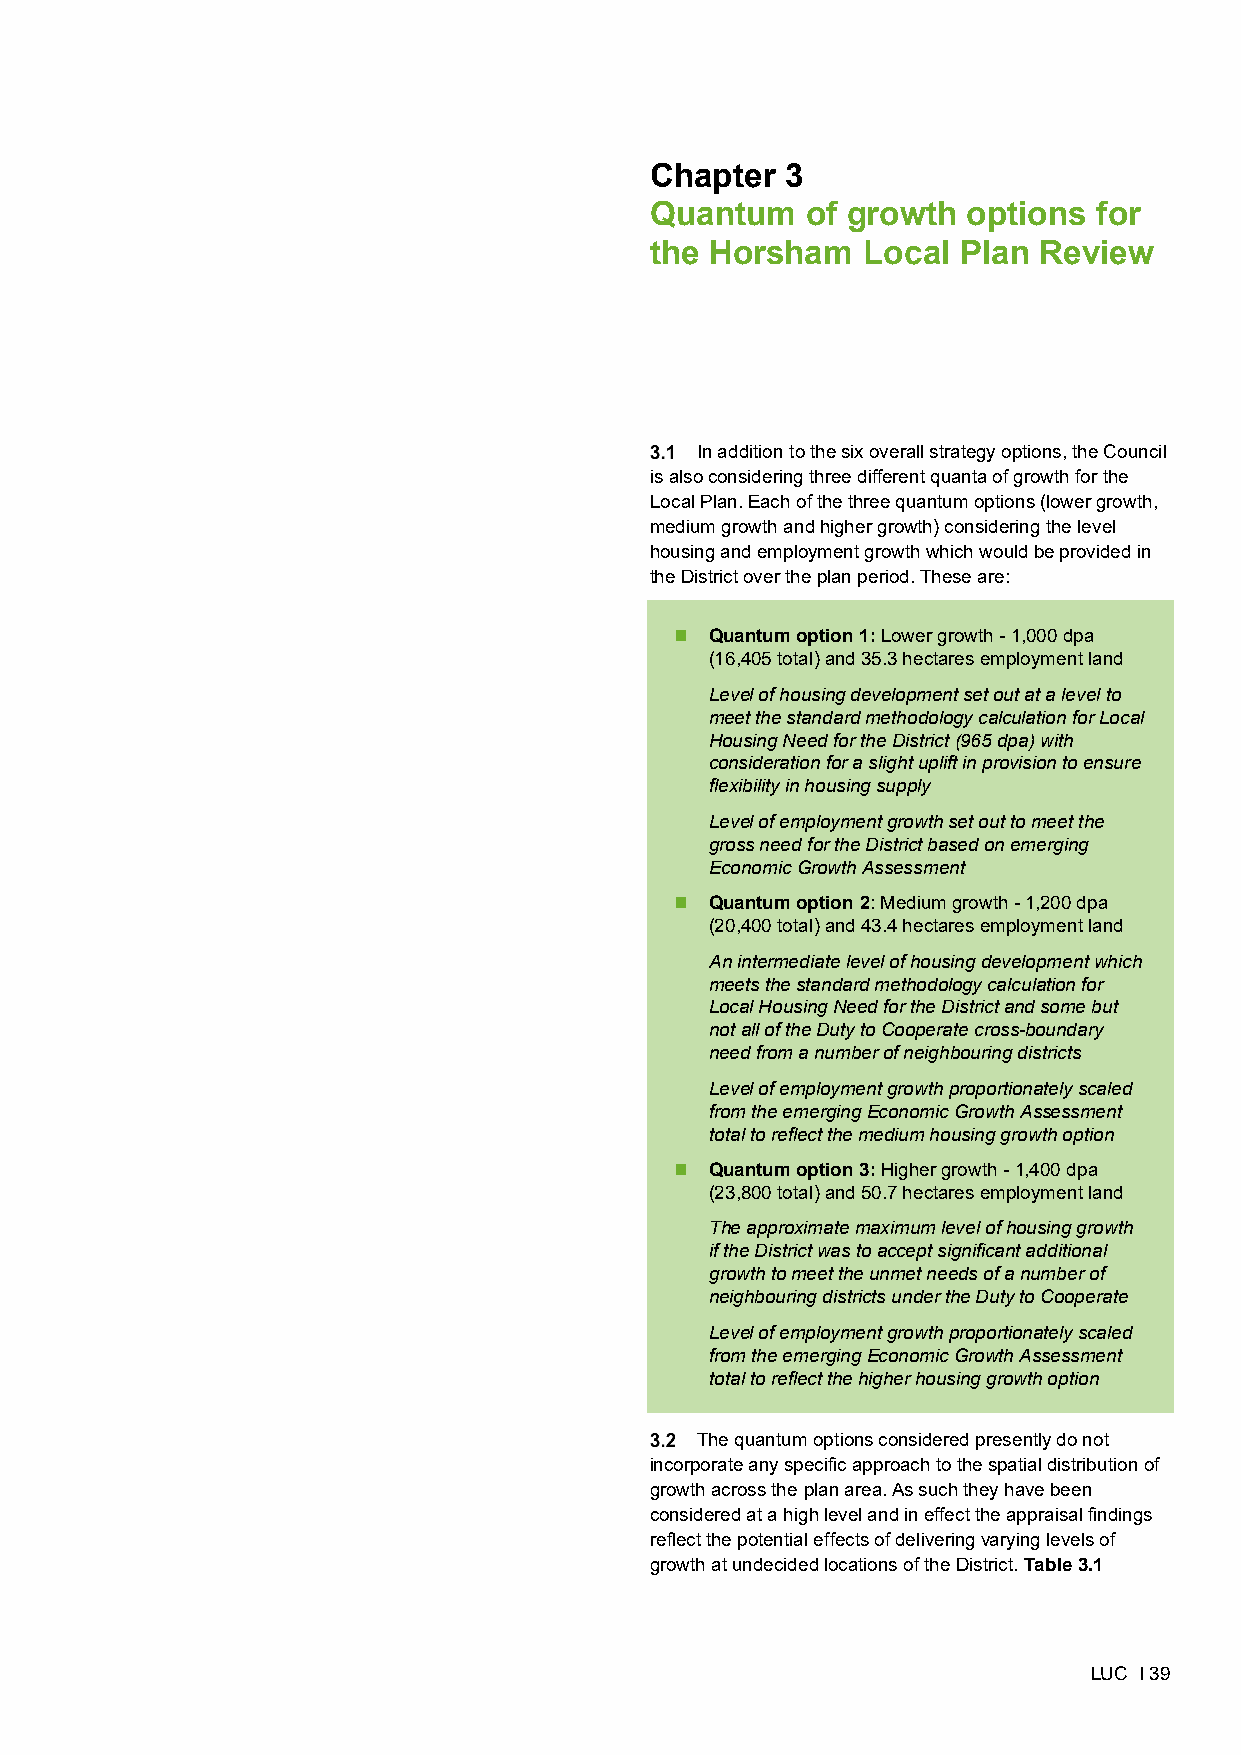
-
 Chapter 3
 Quantum of growth options for the Horsham Local Plan Review
 SA of Growth Options
 February 2020
 Chapter  3
 Quantum   of growth  options  for
 the Horsham   Local Plan  Review
 In addition to the six overall strategy options, the Council
 is also considering three different quanta of growth for the
 Local Plan. Each of the three quantum options (lower growth,
 medium growth and higher growth) considering the level
 housing and employment growth which would be provided in
 the District over the plan period. These are:
  Quantum option 1: Lower growth - 1,000 dpa
 (16,405 total) and 35.3 hectares employment land
 Level of housing development set out at a level to
 meet the standard methodology calculation for Local
 Housing Need for the District (965 dpa) with
 consideration for a slight uplift in provision to ensure
 flexibility in housing supply
 Level of employment growth set out to meet the
 gross need for the District based on emerging
 Economic Growth Assessment
  Quantum option 2: Medium growth - 1,200 dpa
 (20,400 total) and 43.4 hectares employment land
 An intermediate level of housing development which
 meets the standard methodology calculation for
 Local Housing Need for the District and some but
 not all of the Duty to Cooperate cross-boundary
 need from a number of neighbouring districts
 Level of employment growth proportionately scaled
 from the emerging Economic Growth Assessment
 total to reflect the medium housing growth option
  Quantum option 3: Higher growth - 1,400 dpa
 (23,800 total) and 50.7 hectares employment land
 The approximate maximum level of housing growth
 if the District was to accept significant additional
 growth to meet the unmet needs of a number of
 neighbouring districts under the Duty to Cooperate
 Level of employment growth proportionately scaled
 from the emerging Economic Growth Assessment
 total to reflect the higher housing growth option
 The quantum options considered presently do not
 incorporate any specific approach to the spatial distribution of
 growth across the plan area. As such they have been
 considered at a high level and in effect the appraisal findings
 reflect the potential effects of delivering varying levels of
 growth at undecided locations of the District. Table 3.1
 LUC I 39